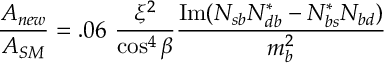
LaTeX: { \frac { { \cal A } _ { n e w } } { { \cal A } _ { S M } } } = . 0 6 \ { \frac { \xi ^ { 2 } } { \cos ^ { 4 } \beta } } { \frac { \mathrm { I m } ( N _ { s b } N _ { d b } ^ { * } - N _ { b s } ^ { * } N _ { b d } ) } { m _ { b } ^ { 2 } } }